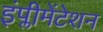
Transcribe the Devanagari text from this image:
इंप्लीमेंटेशन